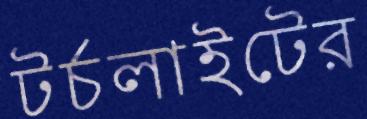
টর্চলাইটের